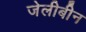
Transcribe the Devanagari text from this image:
जेलीबीन